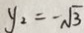
y _ { 2 } = - \sqrt { 3 }